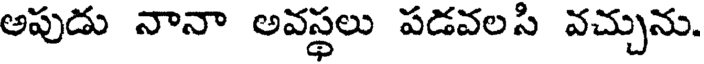
అపుడు నానా అవస్థలు పడవలసి వచ్చును.